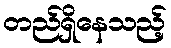
တည်ရှိနေသည့်